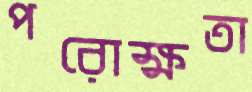
পরোক্ষতা